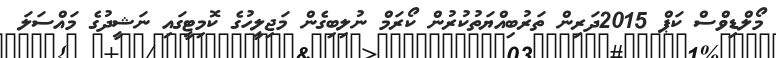
މޯލްޑިވްސް ކަޕް 2015ދަރިން ތަރުބިއްޔަތުކުރުން ކޯރަމް ނުލިބިގެން މަޖިލީހުގެ ކޮމިޓީގައި ނަޝީދުގެ މައްސަލަ